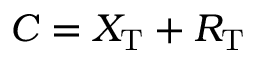
C = X _ { \mathrm { T } } + R _ { \mathrm { T } }